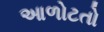
આળોટતો